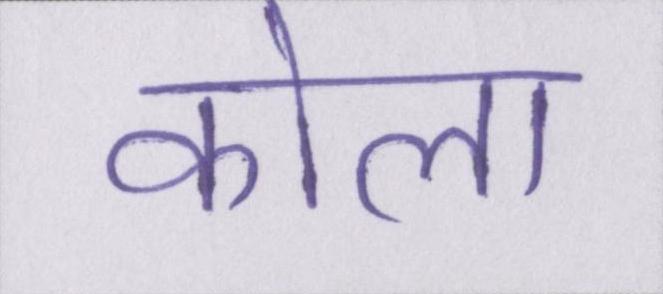
कोला